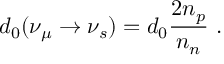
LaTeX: d _ { 0 } ( \nu _ { \mu } \rightarrow \nu _ { s } ) = d _ { 0 } { \frac { 2 n _ { p } } { n _ { n } } } ~ .